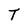
Character: T